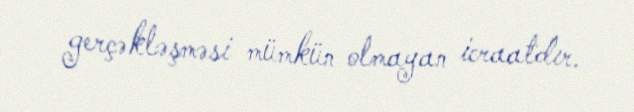
gerçəkləşməsi mümkün olmayan icraatdır.